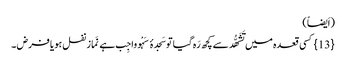
(اَیضاً)
{13} کسی قعدہ میں تَشَھُّد سے کچھ رَہ گیا توسَجدۂ سَہْو واجِب ہے نَماز نفل ہو یا فرض ۔